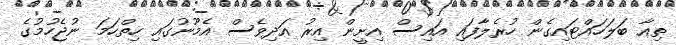
ތިއާ ބަލަހައްޓައިގެން ހުރެލާފައި އައިސް އިށީން އިރު އަދިވެސް އެމޫނުގައި ހިތްހަމަ ނުޖެހުމުގެ